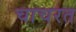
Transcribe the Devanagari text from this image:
चाचरत